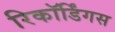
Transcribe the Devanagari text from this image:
रिकॉर्डिंगस